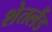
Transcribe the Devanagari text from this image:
शेतलैंड